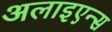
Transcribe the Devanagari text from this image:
अलाइएन्स